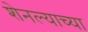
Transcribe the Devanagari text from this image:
शेनल्याच्या